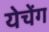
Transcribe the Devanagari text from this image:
येचेंग